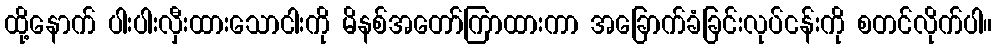
ထို့နောက် ပါးပါးလှီးထားသောငါးကို မိနစ်အတော်ကြာထားကာ အခြောက်ခံခြင်းလုပ်ငန်းကို စတင်လိုက်ပါ။